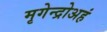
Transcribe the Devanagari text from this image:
मृगेन्द्रोअहं